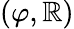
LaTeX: (\varphi,\mathbb{R})